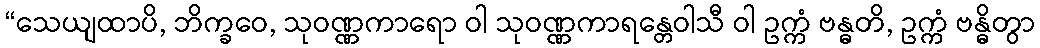
“သေယျထာပိ, ဘိက္ခဝေ, သုဝဏ္ဏကာရော ဝါ သုဝဏ္ဏကာရန္တေဝါသီ ဝါ ဥက္ကံ ဗန္ဓတိ, ဥက္ကံ ဗန္ဓိတွာ